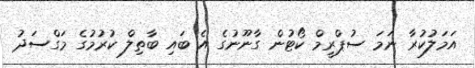
އަމަލުކުރާ ނަމަ ސުޕްރީމް ކޯޓުން ގާނޫނުގެ އެ ބައި ބާތިލް ކުރުމުގެ މަގްސަދު